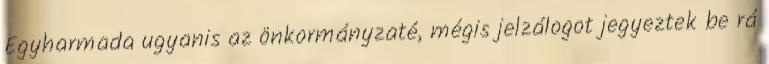
Egyharmada ugyanis az önkormányzaté, mégis jelzálogot jegyeztek be rá